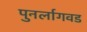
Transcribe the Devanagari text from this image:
पुनर्लागवड